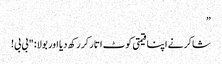
”
شاکر نے اپنا قیمتی کوٹ اتار کر رکھ دیا اور بولا: "بی بی!